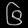
Digit: ၆